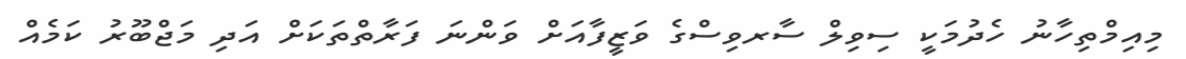
މިއިމްތިހާނު ހެދުމަކީ ސިވިލް ސާރވިސްގެ ވަޒީފާއަށް ވަންނަ ފަރާތްތަކަށް އަދި މަޖްބޫރު ކަމެއް